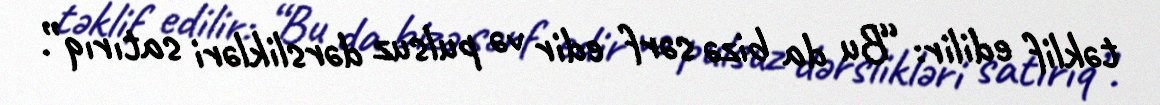
təklif edilir: “Bu da bizə sərf edir və pulsuz dərslikləri satırıq”.